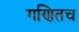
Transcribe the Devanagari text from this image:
गणितच